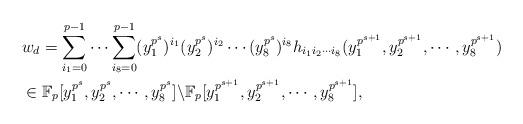
LaTeX: \begin{align*}\begin{aligned} & w_d =\sum_{i_1=0}^{p-1}\cdots\sum_{i_8=0}^{p-1} (y_1^{p^s})^{i_1}(y_2^{p^s})^{i_2} \cdots (y_8^{p^s})^{i_8} h_{i_1i_2 \cdots i_8}(y_1^{p^{s+1}},y_2^{p^{s+1}},\cdots, y_8^{p^{s+1}})\\&\in \mathbb{F}_p[y_1^{p^s},y_2^{p^s},\cdots, y_8^{p^s}]\backslash \mathbb{F}_p[y_1^{p^{s+1}},y_2^{p^{s+1}},\cdots, y_8^{p^{s+1}}] ,\end{aligned}\end{align*}